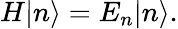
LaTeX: {H}|n\rangle=E_{n}|n\rangle.